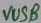
Text: VUSB